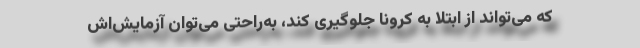
که می‌تواند از ابتلا به کرونا جلوگیری کند، به‌راحتی می‌توان آزمایش‌اش